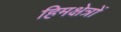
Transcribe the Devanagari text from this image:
हिमक्षेत्रों